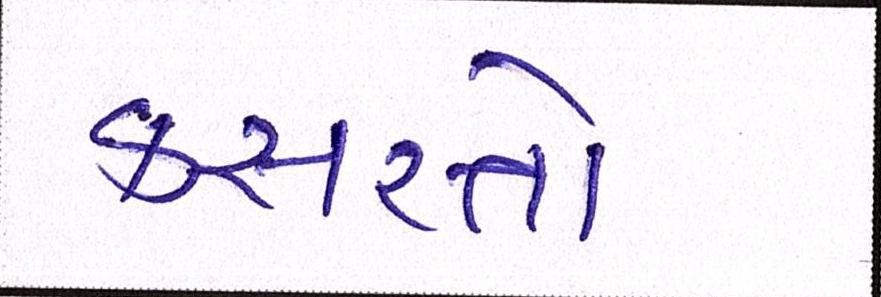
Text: કસરતો